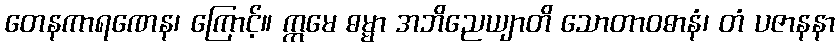
တေနကာရဏေန၊ ကြောင့်။ ဣမေ ဓမ္မာ အဘိညေယျာတိ သောတာဝဓာနံ၊ တံ ပဇာနနာ